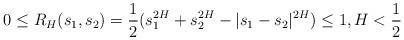
LaTeX: \begin{align*}0\le R_H(s_1,s_2)=\frac{1}{2}(s_1^{2H}+s_2^{2H}-\vert s_1-s_2\vert^{2H})\le 1,H< \frac{1}{2}\end{align*}